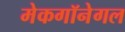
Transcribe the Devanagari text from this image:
मेकगॉनेगल